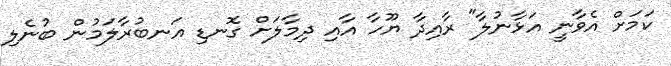
ކަމަށް އެވާނީ އަޅާނުލާ" ރާއިދާ ޔޫހާ އާއި ދިމާލަށް ގޮނޑި އަނބުރާލަމުން ބުނެލި